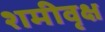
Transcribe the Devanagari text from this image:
शमीवृक्ष